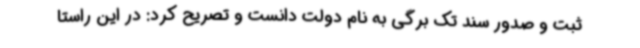
ثبت و صدور سند تک برگی به نام دولت دانست و تصریح کرد: در این راستا